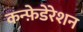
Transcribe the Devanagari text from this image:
कन्फ़ेडेरेशन